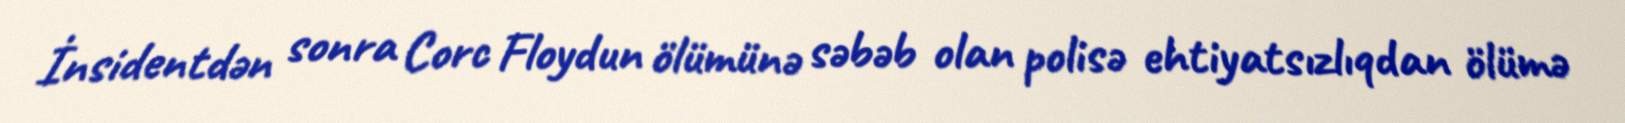
İnsidentdən sonra Corc Floydun ölümünə səbəb olan polisə ehtiyatsızlıqdan ölümə